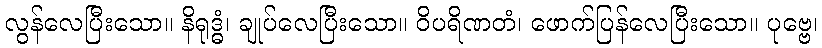
လွန်လေပြီးသော။ နိရုဒ္ဓံ၊ ချုပ်လေပြီးသော။ ဝိပရိဏတံ၊ ဖောက်ပြန်လေပြီးသော။ ပုဗ္ဗေ၊